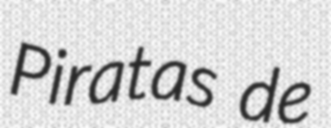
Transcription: Piratas de